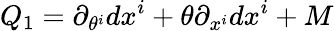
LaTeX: Q_{1}=\partial_{\theta^{i}}dx^{i}+\theta\partial_{x^{i}}dx^{i}+M